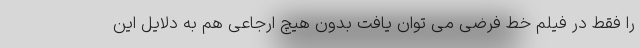
را فقط در فیلم خط فرضی می توان یافت بدون هیچ ارجاعی هم به دلایل این